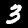
Digit: 3